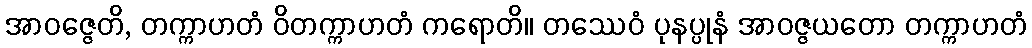
အာဝဇ္ဇေတိ, တက္ကာဟတံ ဝိတက္ကာဟတံ ကရောတိ။ တဿေဝံ ပုနပ္ပုနံ အာဝဇ္ဇယတော တက္ကာဟတံ